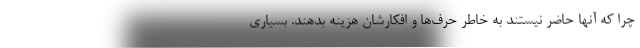
چرا که آنها حاضر نیستند به خاطر حرف‌ها و افکارشان هزینه بدهند. بسیاری